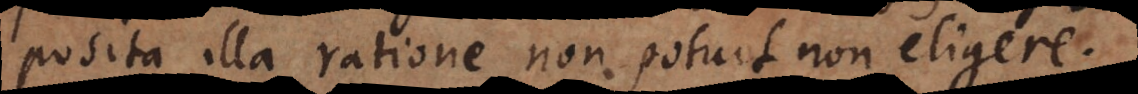
posita illa ratione non potuit non eligere.